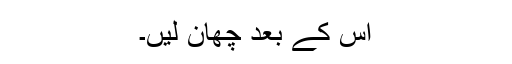
اِس کے بعد چھان لیں۔